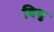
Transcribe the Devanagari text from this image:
बिधु